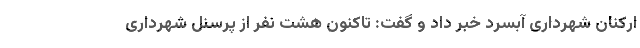
ارکنان شهرداری آبسرد خبر داد و گفت: تاکنون هشت نفر از پرسنل شهرداری